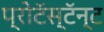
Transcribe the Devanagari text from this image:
प्रोटॅस्टॅन्ट